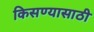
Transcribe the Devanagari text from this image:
किसण्यासाठी